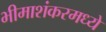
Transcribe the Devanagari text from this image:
भीमाशंकरमध्ये